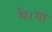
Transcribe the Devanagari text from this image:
थे।या